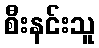
စီးနင်းသူ